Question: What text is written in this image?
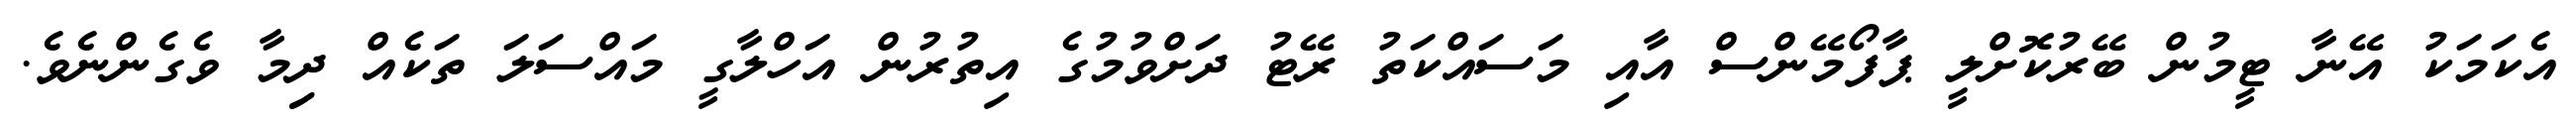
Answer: އެކަމަކު އޭނާ ޓީމުން ބޭރުކޮށްލީ ޕާފޯމޭންސް އާއި މަސައްކަތު ރޭޓު ދަށްވުމުގެ އިތުރުން އަހްލާގީ މައްސަލަ ތަކެއް ދިިމާ ވެގެންނެވެ.